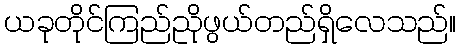
ယခုတိုင်ကြည်ညိုဖွယ်တည်ရှိလေသည်။